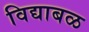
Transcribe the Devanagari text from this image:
विद्याबळ